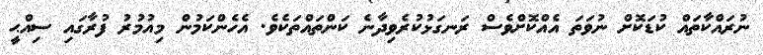
ނުރައްކާތައް ކުޑަކޮށް ނުވަތަ އެއްކޮށްވެސް ރަނގަޅުކުރެވިދާނެ ކަންތައްތަކެވެ. އެހެންކަމުން މިއުމުރު ފުރާގައި ސިއްޙީ